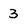
Character: 3